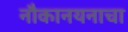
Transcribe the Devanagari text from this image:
नौकानयनाचा